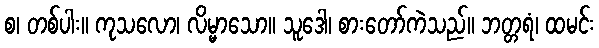
စ၊ တစ်ပါး။ ကုသလော၊ လိမ္မာသော။ သူဒေါ၊ စားတော်ကဲသည်။ ဘတ္တရံ၊ ထမင်း